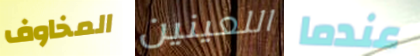
المخاوف اللعينين عندما